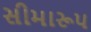
સીમારૂપ